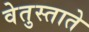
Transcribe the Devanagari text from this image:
वेतुस्ताते